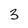
Character: 3